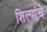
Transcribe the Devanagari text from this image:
शिल्पांचे